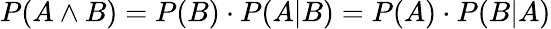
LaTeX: P(A\land B)=P(B)\cdot P(A|B)=P(A)\cdot P(B|A)